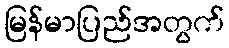
မြန်မာပြည်အတွက်